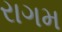
રાગમ